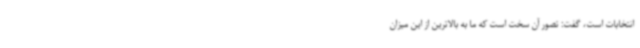
انتخابات است، گفت: تصور آن سخت است که ما به بالاترین از این میزان